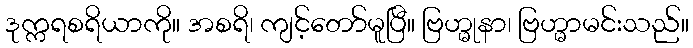
ဒုက္ကရစရိယာကို။ အစရိ၊ ကျင့်တော်မူပြီ။ ဗြဟ္မုနာ၊ ဗြဟ္မာမင်းသည်။